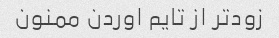
زودتر از تایم اوردن ممنون